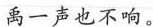
禹一声拒不响。